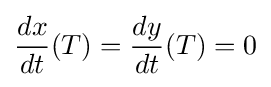
{\frac {dx}{dt}}(T)={\frac {dy}{dt}}(T)=0